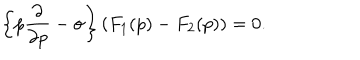
LaTeX: \left\{ p \frac { \partial } { \partial p } - \sigma \right\} \left( F _ { 1 } ( p ) - F _ { 2 } ( p ) \right) = 0 .